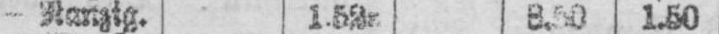
- Ranztg. 1.52a 8.50 1.50